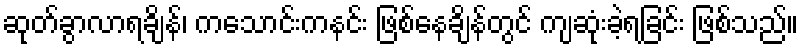
ဆုတ်ခွာလာရချိန်၊ ကသောင်းကနင်း ဖြစ်နေချိန်တွင် ကျဆုံးခဲ့ရခြင်း ဖြစ်သည်။